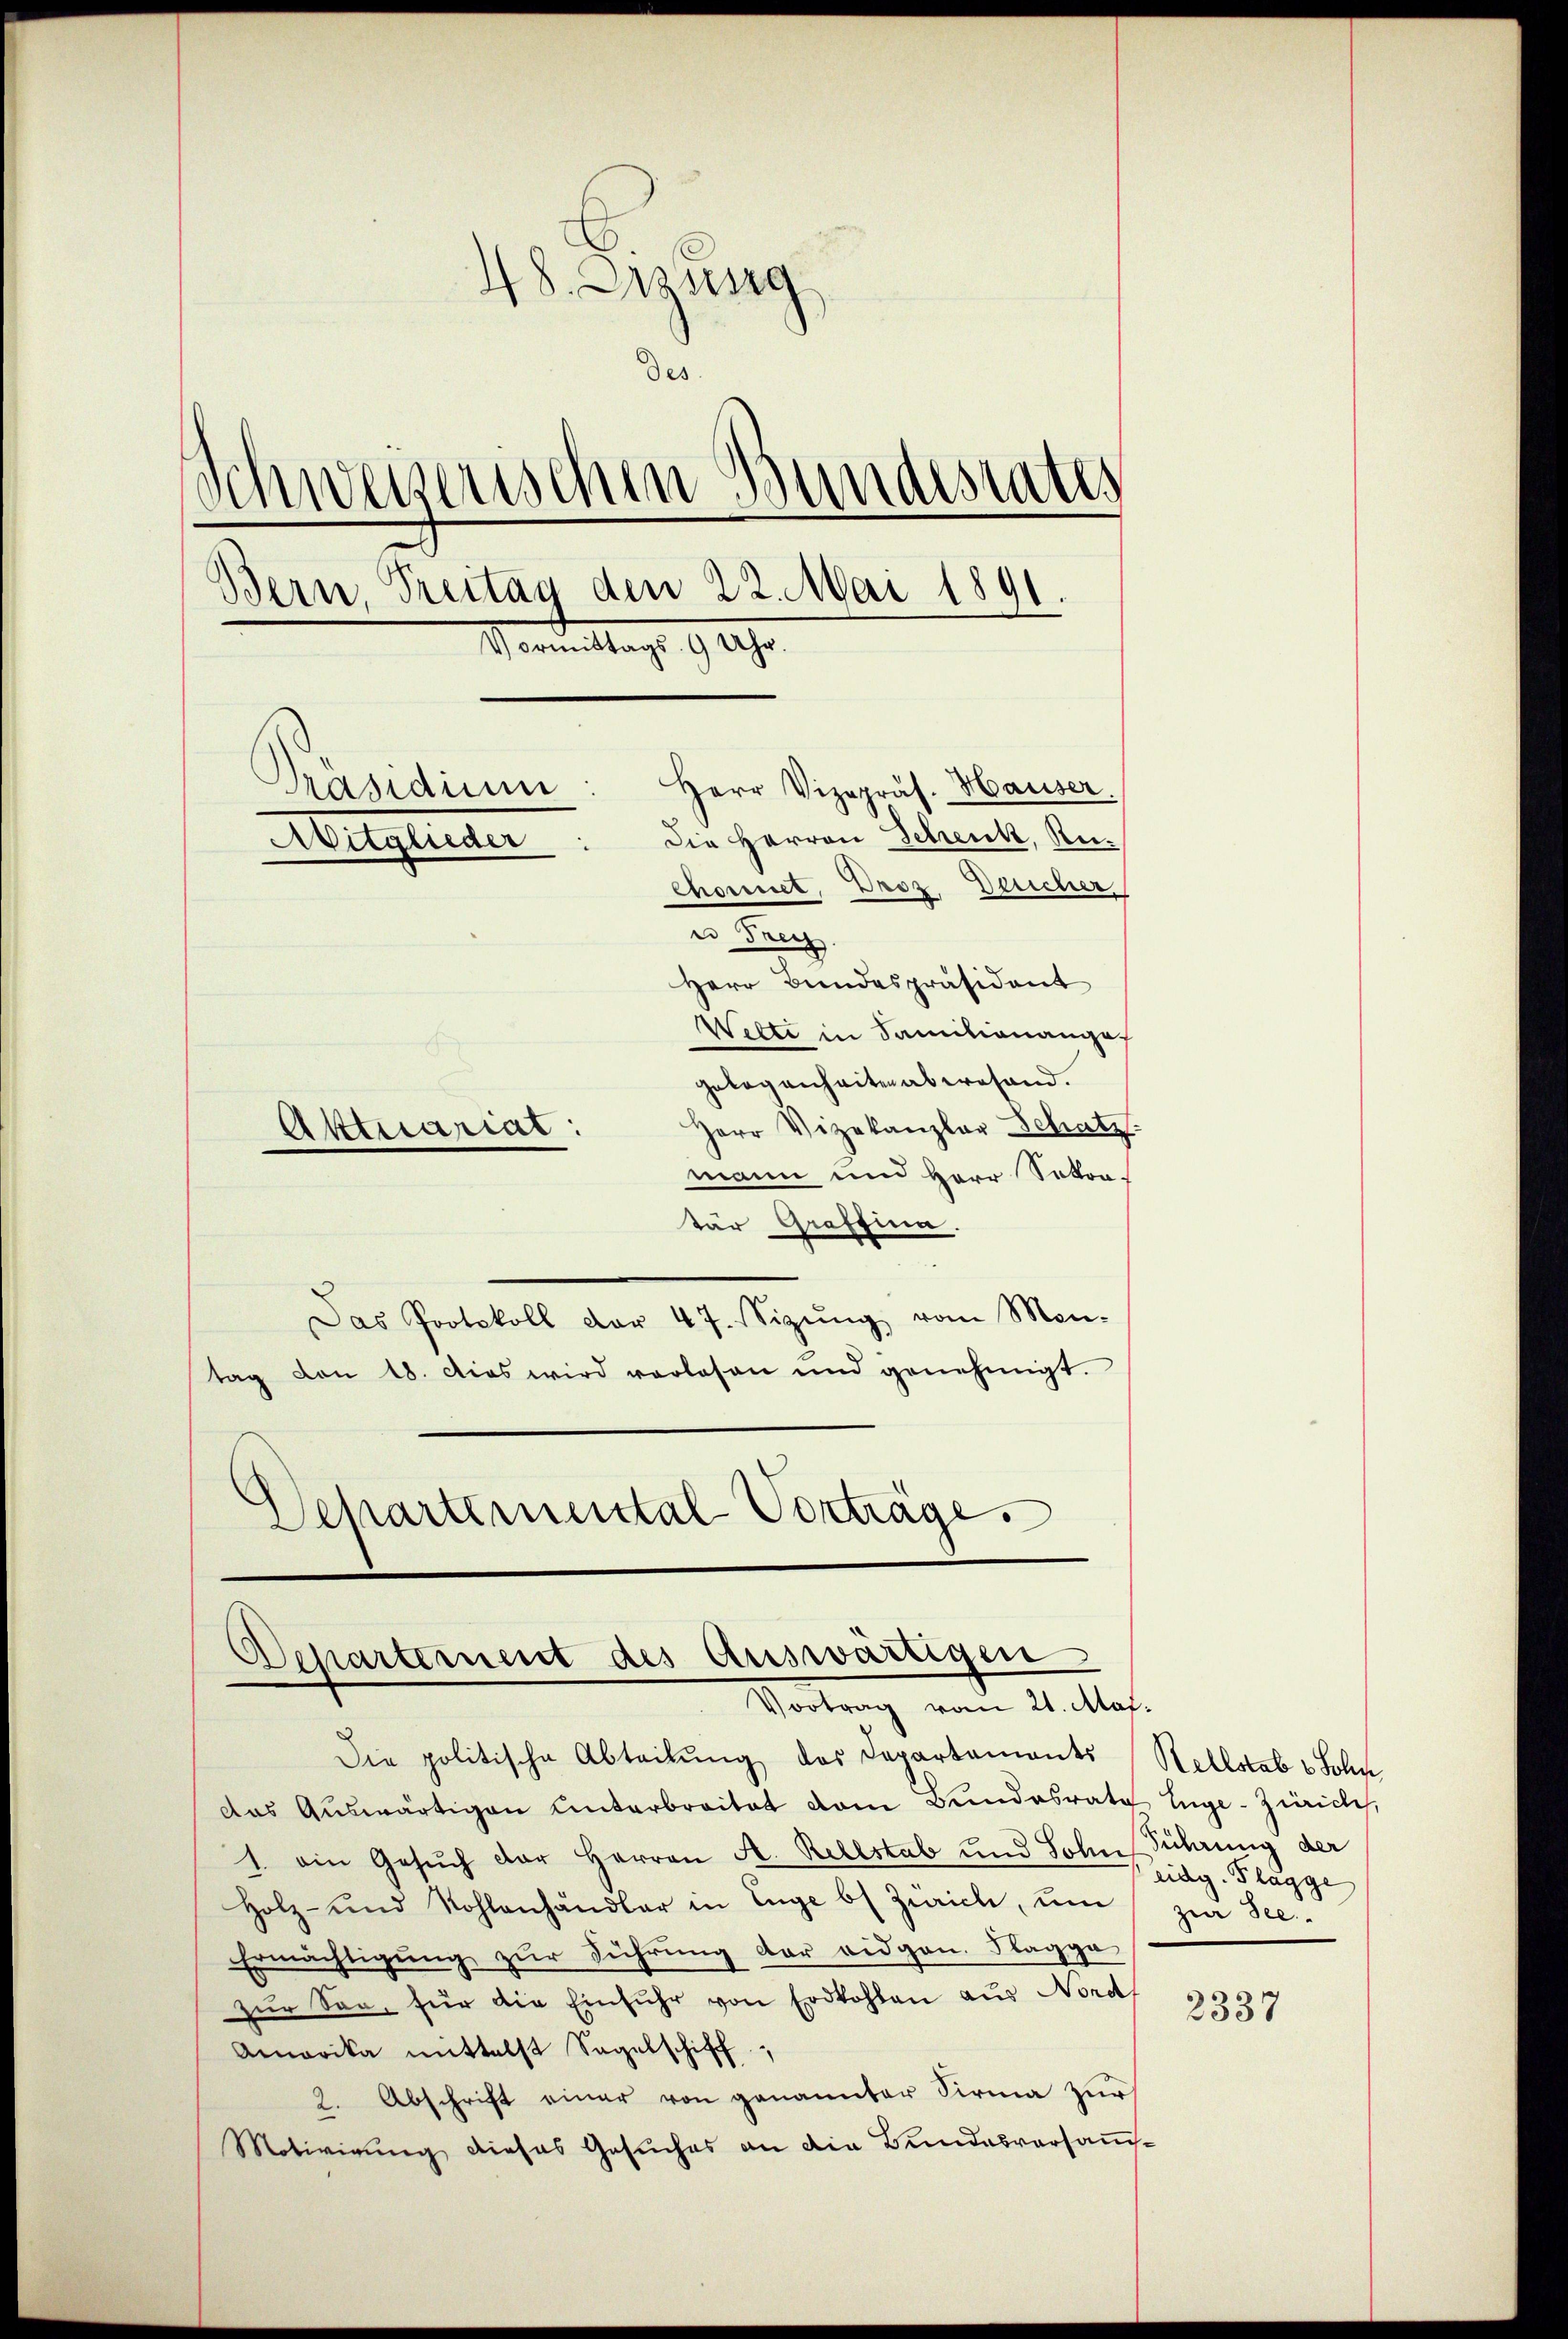
48. Sizung
Des
Schweizerischen Bundesrates
Bern, Treitag den 22. Mai 1891
Vormittags 9 Uhr.
Präsidium
Herr Vizepräs. Hauser.
Die Herren Schenk, Re¬
Aitglieder
Chonnet, Droz, Deucher,
u Frey
Herr Bundespräsident
Welti in Samilianange
gelegenheiten aberesand.
Herr Vizekanzler Schatz
Aktuarial:

mann und Herr Sokra-
tär Graffina.
Das Protokoll dar 47. Sizŭng vom Men-
tag von 18. dies wird verlesen und genehmigt.
Schartemental Vorträge.

Departement des Auswärtigen
Vortrag vom 21. Maj.

Die politische Abteilŭng des Departaments Rellstab v Sohn,
das Auswärtigen Unterbreitet vom Bundesrath Enge-Züriches,
1. ein Gesŭch der Herren A. Rellstab und Sohn Führung der
Holz- und Nohlanhändler in Enge b) Zürich, um
Ermächtigŭng zŭr Führŭng der eidgen. Flagge
zur San, für die Einfuhr von Erdkohlen aus Nord
Amerika mittelst Sagelschiff,
2. Abschrift einer von genannter Firma zur
Motivirung dieses Gesuches an die Bundesversaṁ-

eidg. Flagge
zur See.

2337